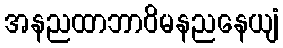
အနညထာဘာဝိမနညနေယျံ